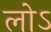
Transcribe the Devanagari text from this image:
लोऽ